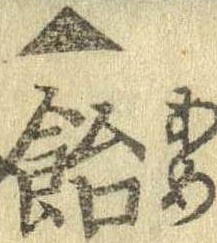
▲飴